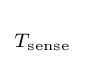
\scriptstyle T_{\mathrm {sense} }